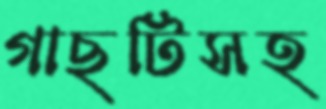
গাছটিসহ